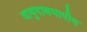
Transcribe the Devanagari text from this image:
वायुदाबमापीय